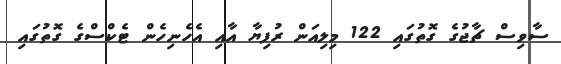
ސާވިސް ޗާޖުގެ ގޮތުގައި 122 މިލިއަން ރުފިޔާ އާއި އެހެނިހެން ޓެކްސްގެ ގޮތުގައި